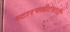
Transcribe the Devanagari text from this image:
स्टारफ्लीटसाठी